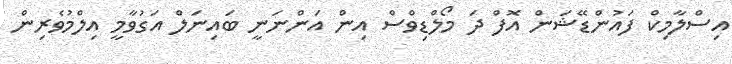
އިސްލާމިކް ފައުންޑޭޝަން އޮފް ދަ މޯލްޑިވްސް އިން އަންނަނީ ބައިނަލް އަގުވާމީ އިލްމުވެރިން